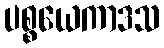
ပစ္စယေကာဒသ